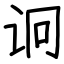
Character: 诇